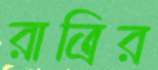
রাত্রির